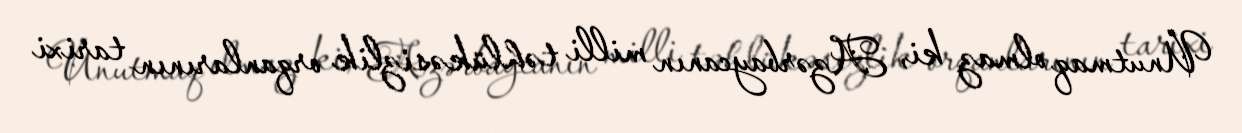
Unutmaq olmaz ki, Azərbaycanın milli təhlükəsizlik orqanlarının tarixi